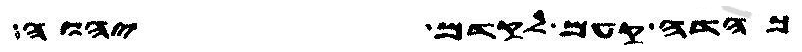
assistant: כהדה קעם לקדם יהוה